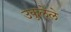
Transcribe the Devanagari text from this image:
उकुलेले